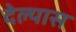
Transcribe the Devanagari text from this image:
देल्यास